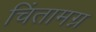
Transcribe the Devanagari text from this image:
चिंतामग्न